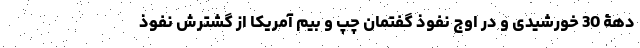
دهۀ 30 خورشیدی و در اوج نفوذ گفتمان چپ و بیم آمریکا از گشترش نفوذ